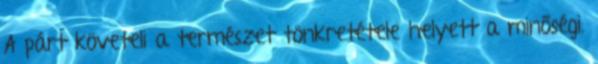
A párt követeli a természet tönkretétele helyett a minőségi.